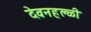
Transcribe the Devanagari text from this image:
देवनहल्ळी